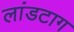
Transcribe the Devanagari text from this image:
लांडटाग